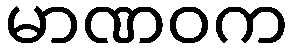
မာဏဝက